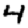
Digit: 4